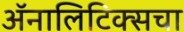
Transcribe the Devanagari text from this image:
ॲनालिटिक्सचा